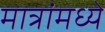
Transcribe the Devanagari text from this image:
मात्रांमध्ये